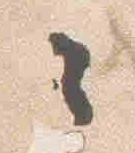
々